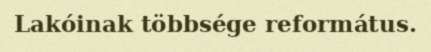
Lakóinak többsége református.